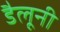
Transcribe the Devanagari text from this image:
डैलूनी